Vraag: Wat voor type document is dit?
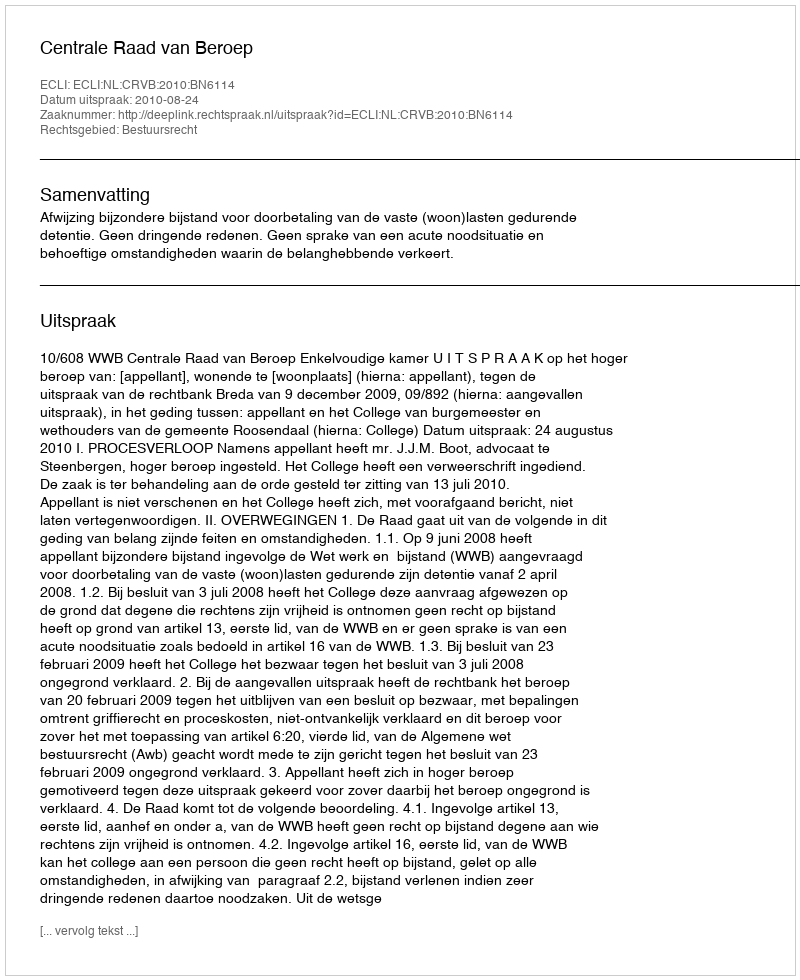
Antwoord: Uitspraak